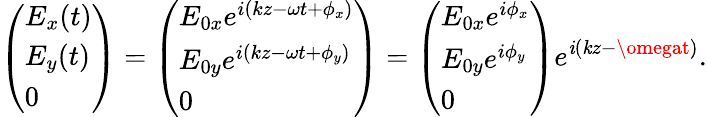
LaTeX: {\left(\begin{array}{l}{E_{x}(t)}\\ {E_{y}(t)}\\ {0}\end{array}\right)}={\left(\begin{array}{l}{E_{0x}e^{i(kz-\omega t+\phi_{x})}}\\ {E_{0y}e^{i(kz-\omega t+\phi_{y})}}\\ {0}\end{array}\right)}={\left(\begin{array}{l}{E_{0x}e^{i\phi_{x}}}\\ {E_{0y}e^{i\phi_{y}}}\\ {0}\end{array}\right)}e^{\mathit{i}(\mathit{k}z-\omegat)}.